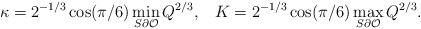
LaTeX: \begin{align*}\kappa=2^{-1/3}\cos(\pi/6)\min_{S\partial\mathcal{O}}Q^{2/3},\;\;\;K=2^{-1/3}\cos(\pi/6)\max_{S\partial\mathcal{O}}Q^{2/3}.\end{align*}